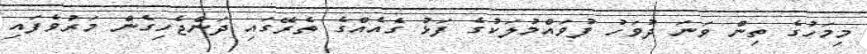
މިމަހުގެ ތިން ވަނަ ދުވަހު ފުވައްމުލަކުގެ ފަޅު ގެއެއްގެ ތެރޭގައި ދަންޖެހިގެން މަރުވެފައި